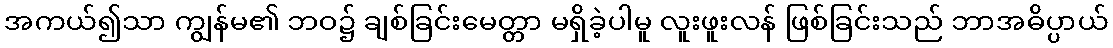
အကယ်၍သာ ကျွန်မ၏ ဘဝ၌ ချစ်ခြင်းမေတ္တာ မရှိခဲ့ပါမူ လူးဖူးလန် ဖြစ်ခြင်းသည် ဘာအဓိပ္ပာယ်